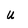
Character: U